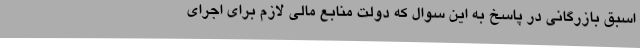
اسبق بازرگانی در پاسخ به این سوال که دولت منابع مالی لازم برای اجرای